65_HS1-834228961_62-HQ-83894_Section_7
Agency: FBI
Page 66
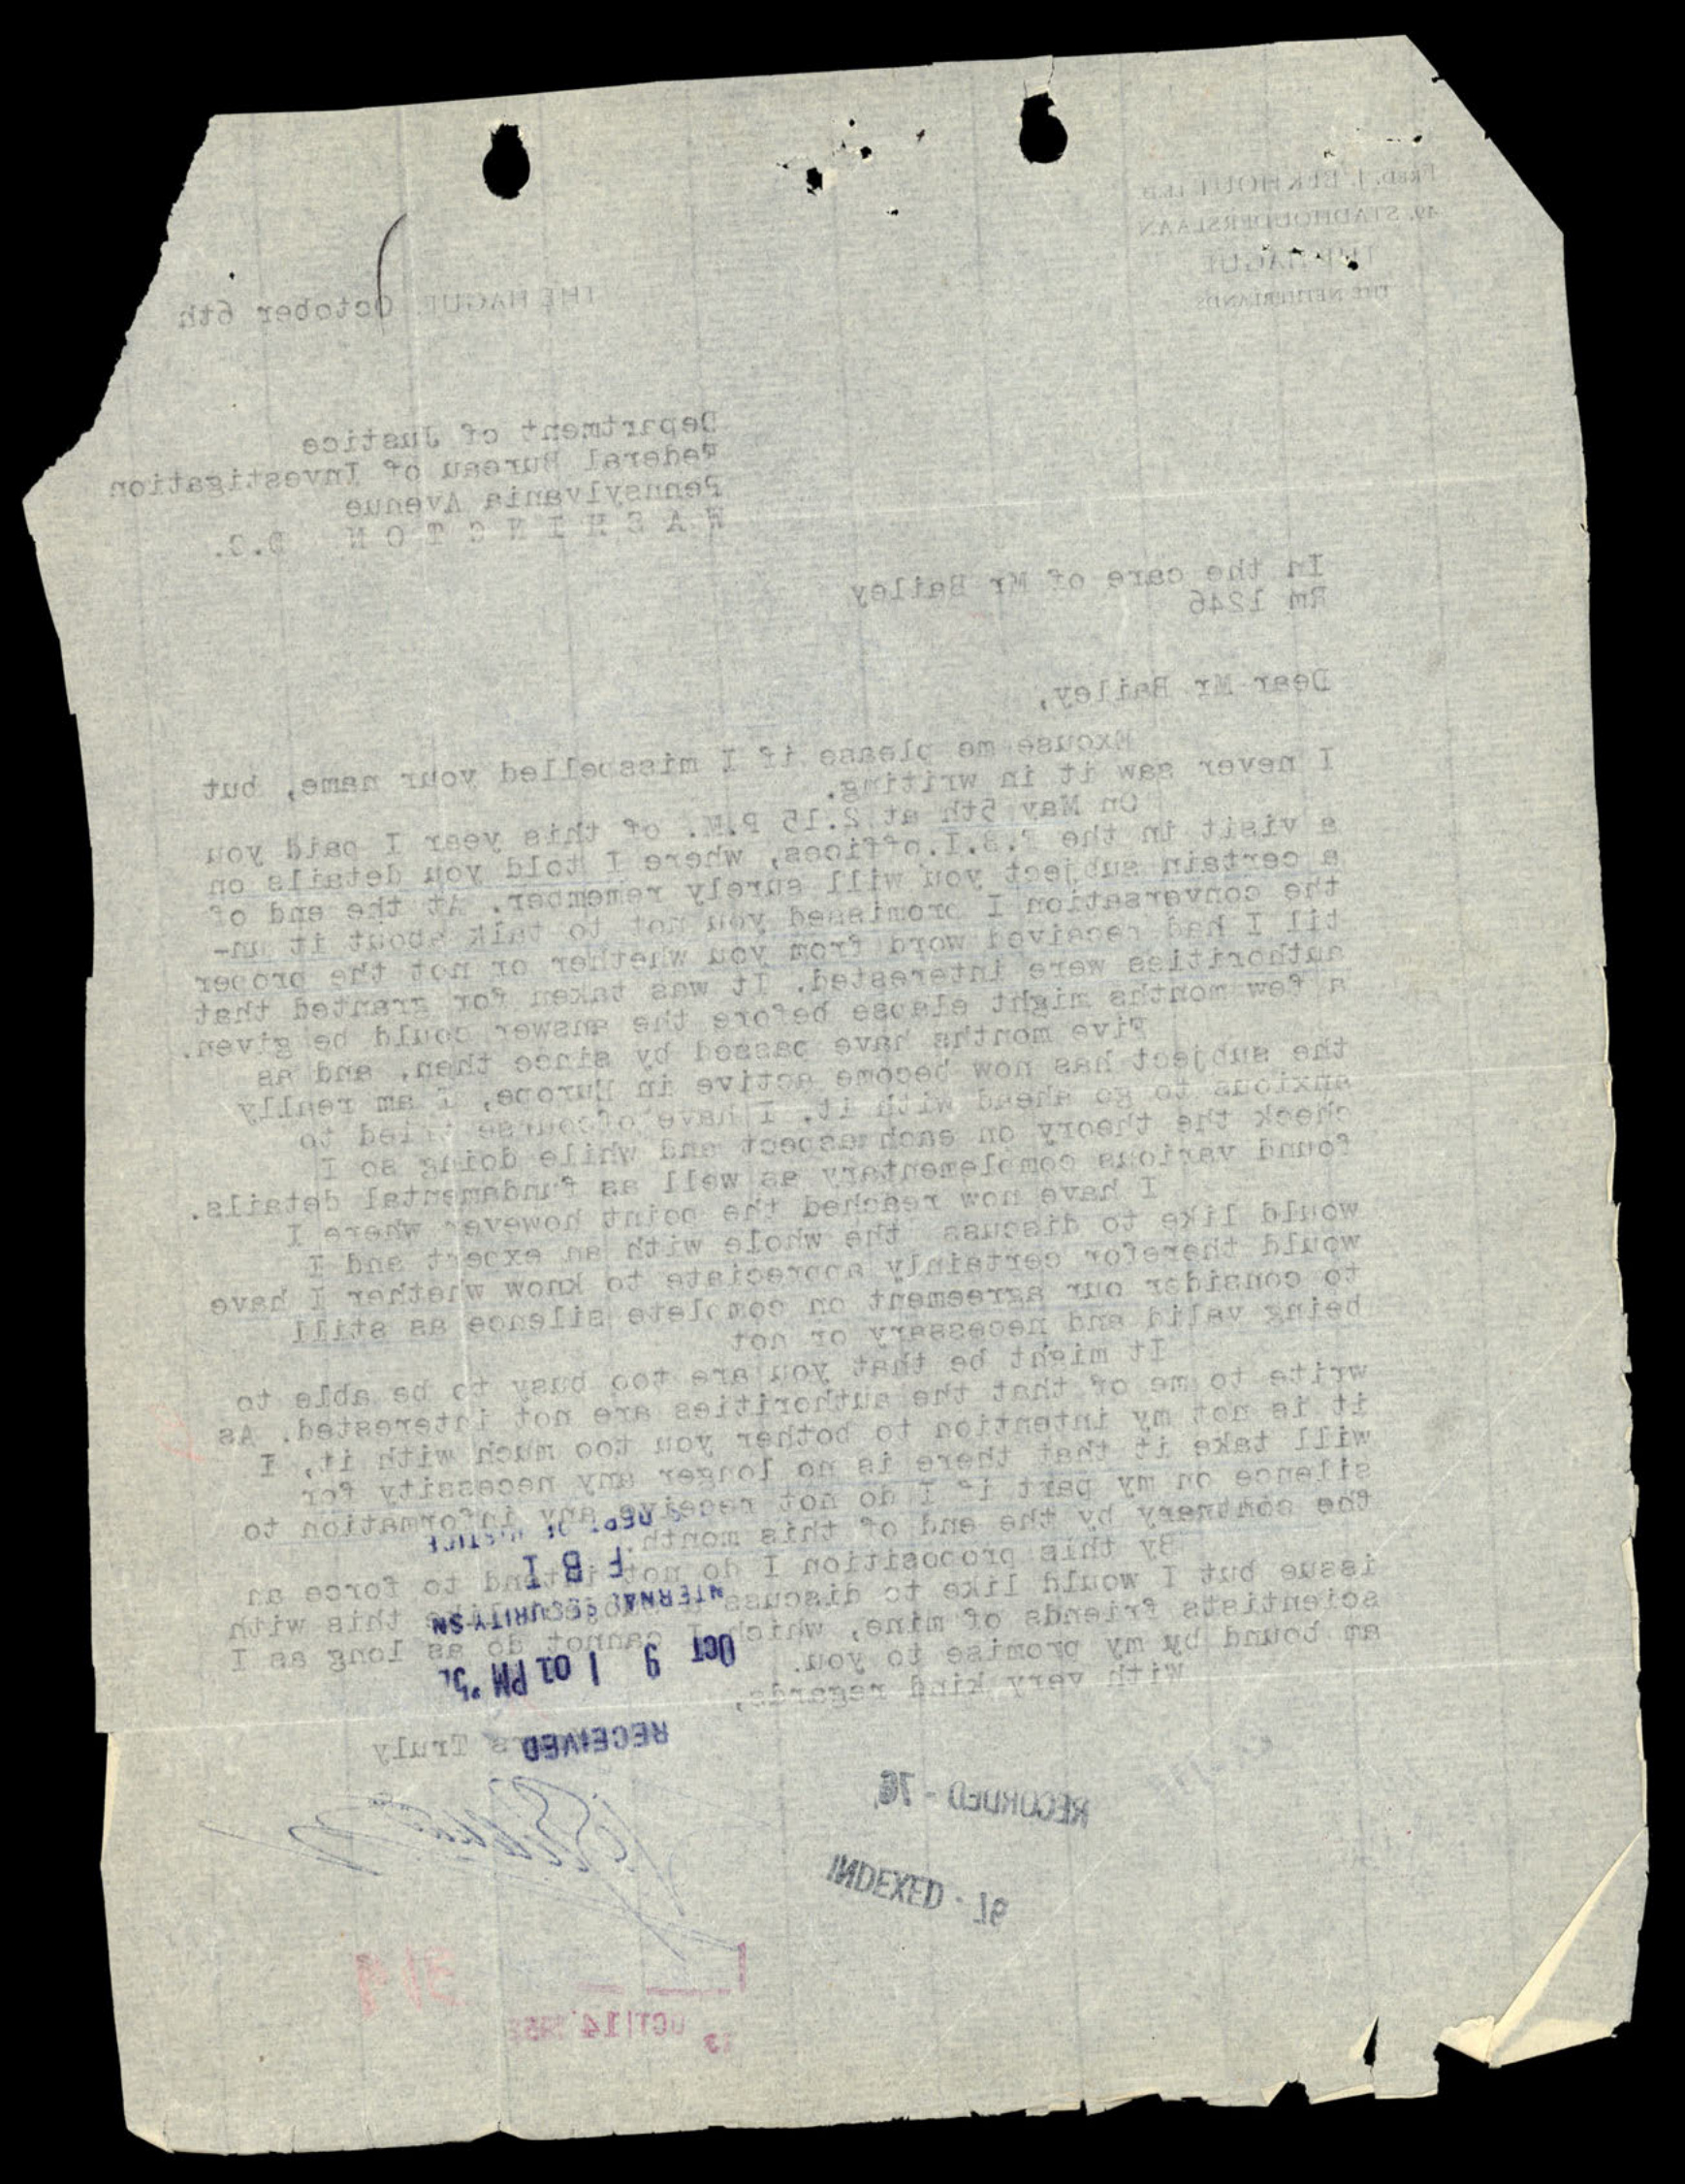